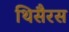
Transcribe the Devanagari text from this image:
थिसैरस